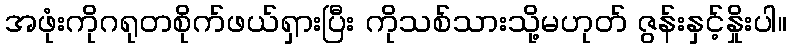
အဖုံးကိုဂရုတစိုက်ဖယ်ရှားပြီး ကိုသစ်သားသို့မဟုတ် ဇွန်းနှင့်နှိုးပါ။